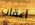
أعقاب